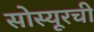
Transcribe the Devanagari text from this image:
सोस्यूरची